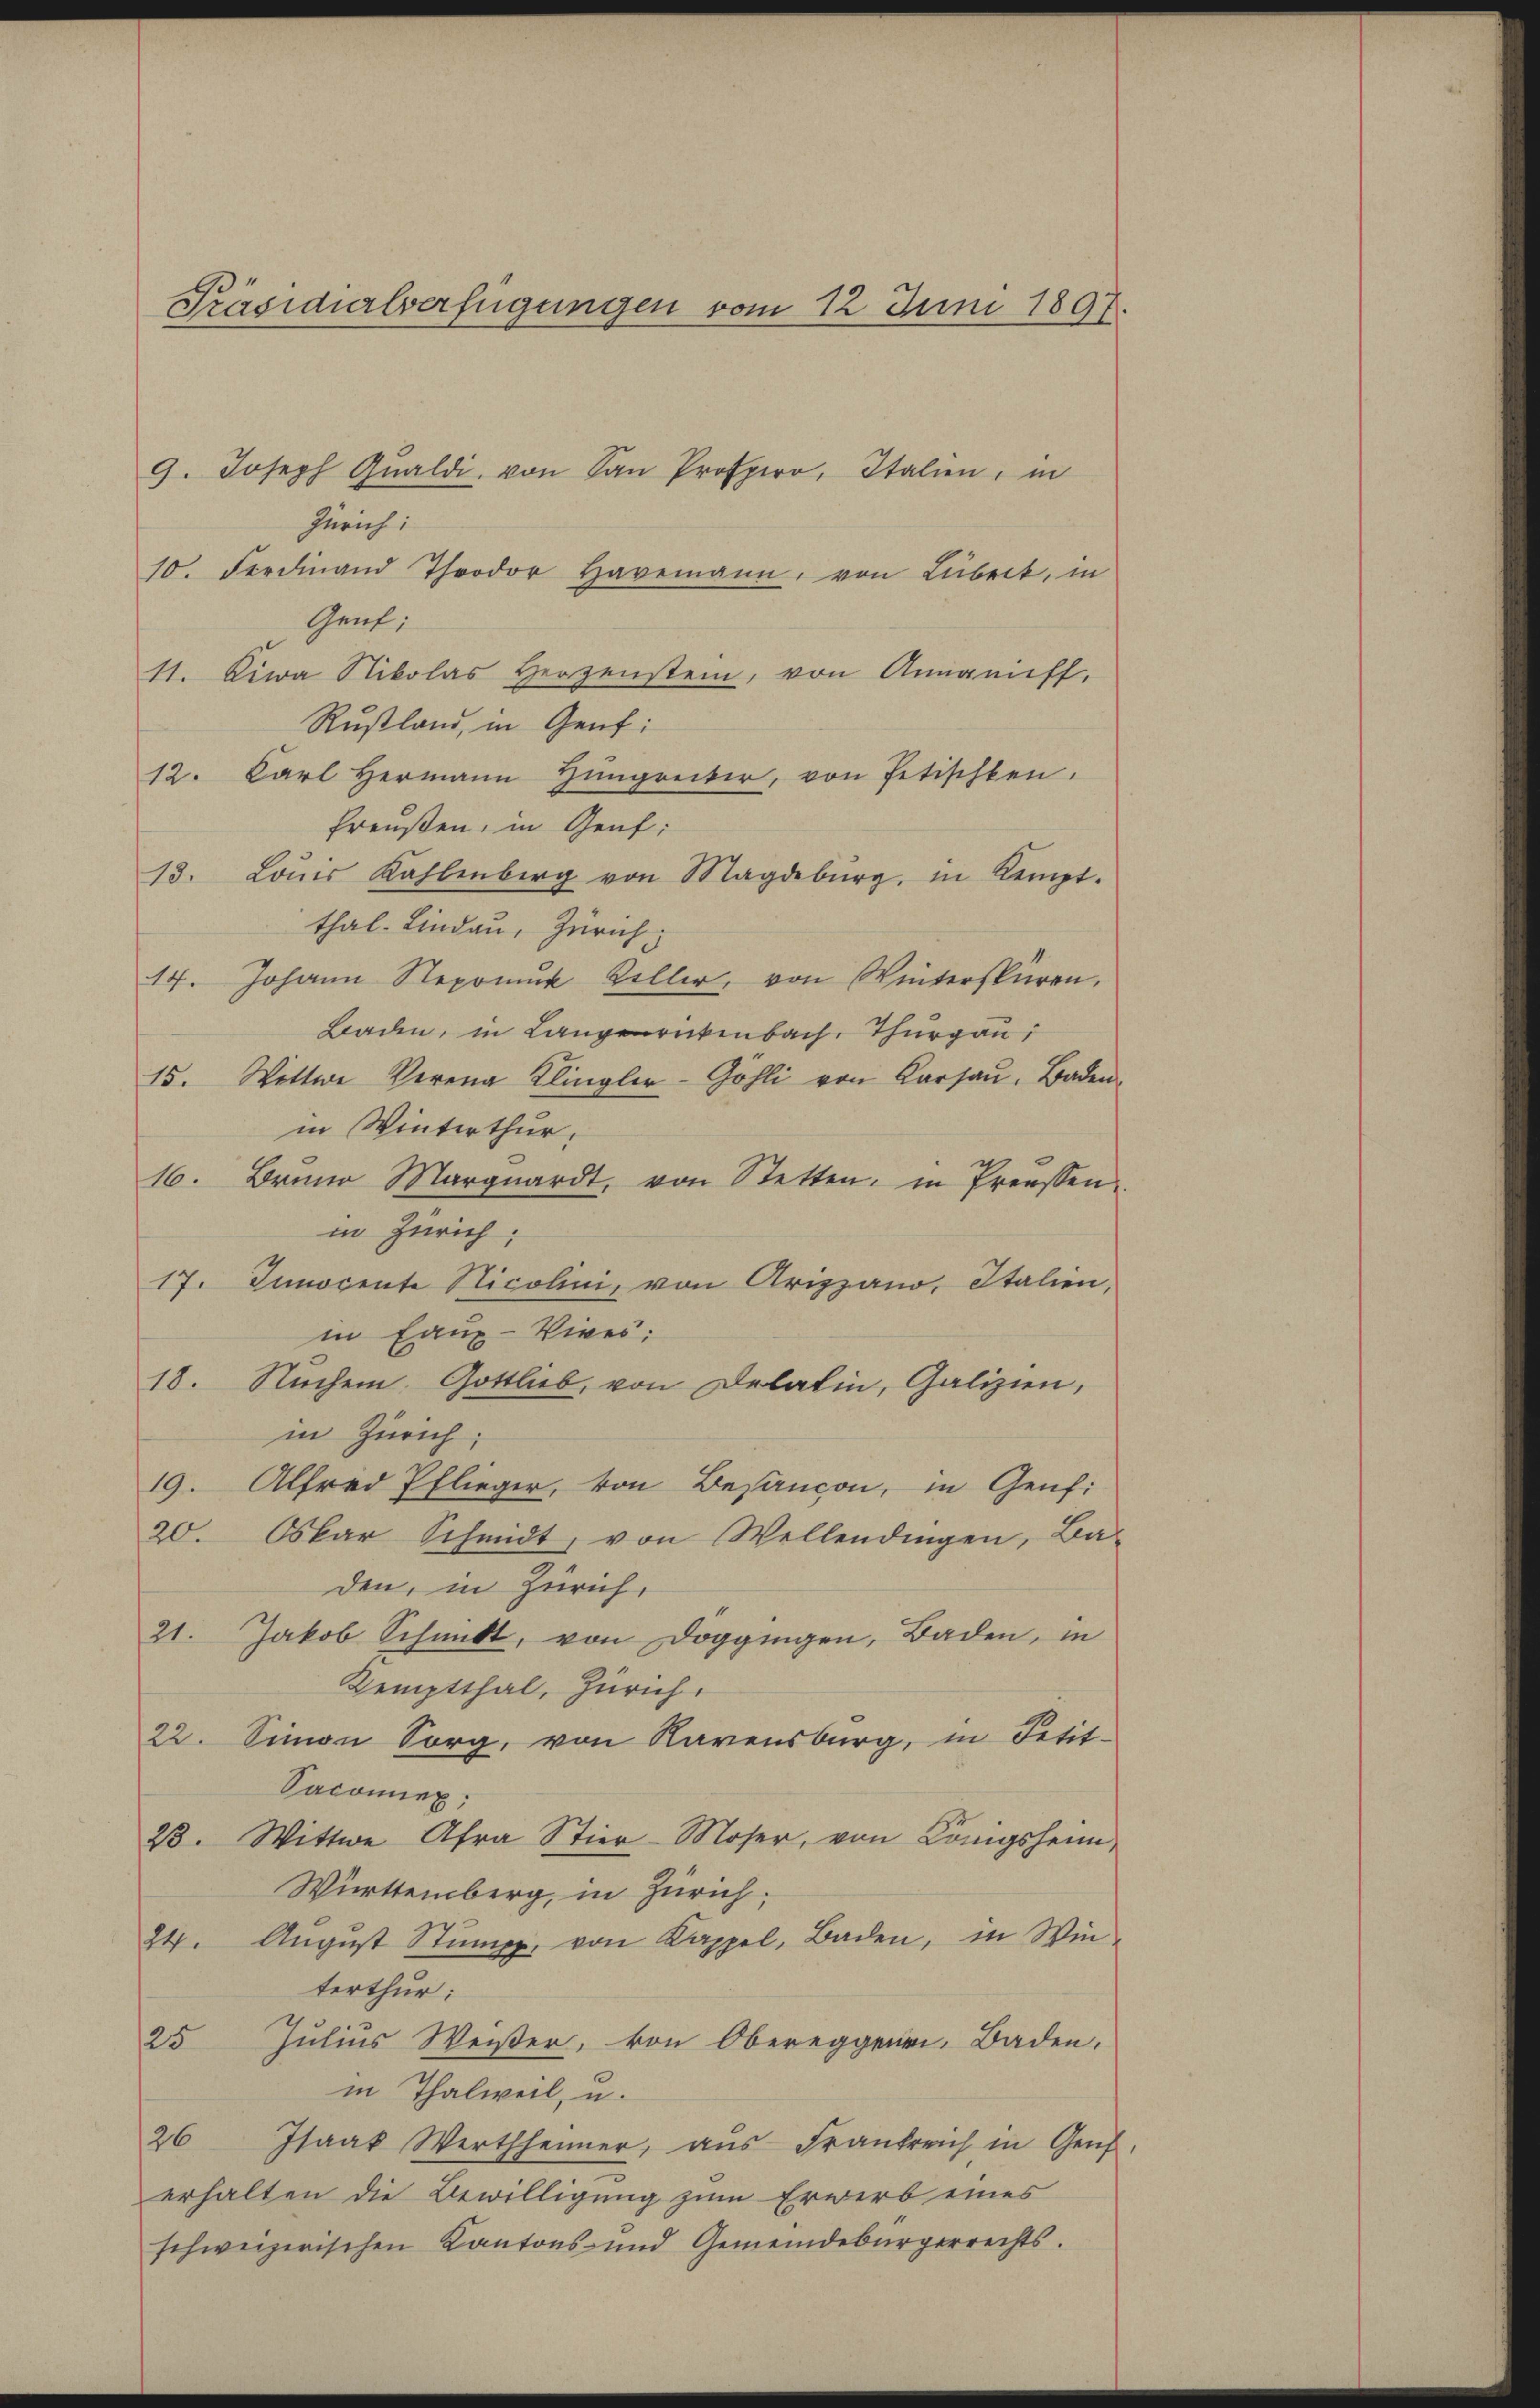
Präsidialverfügungen vom 12 Juni 1897.

9. Joseph Qŭaldi, von San Prospero, Italien, in
Zürich:
10. Ferdinand Theodor Havemann, von Lübeck, in
Gent:
11. Liwa Nikolas Herzenstein, von Angriff.
Rustland, in Genf:
12. Carl Hermann Hinganter, von Petischten.
Preußen, in Genf;
13. Loŭis Kahlenberg von Magdeburg, in Kempt.
thal-Lindau, Zürich
14. Johann Nepomuk Keller, von Winterspüren.
Baden, in Langereckenbach, Thurgau,
15. Wittwe Verena Klingler-Göhli von Karsau. Baden
in Winterthur,
16. Bruno Margnardt, von Stetten, in Preussen.
in Zürich;
17. Innocente Nicolini, von Arizzano, Italien,
in Laux-Vives:
18. Nachem. Gottlieb, von Delatin, Galizien,
in Zürich;
19. Alfred Pflieger, von Besandon, in Genf.
20. Oskar Schmidt, von Wellendingen, Ba-
den, in Zürich,
21. Jakob Schmitt, von Doggingen, Baden, in
Kemptthal, Zürich.
22. Simon Sorg, von Kavensburg, in Petit-
Sacomiex,
23. Wittwe Afra Stier-Moser, von Königsheim,
Württemberg, in Zürich;
24. Aŭgŭst Stumpf, von Kappel, Baden, in Win-
terthur:
25 Julius Weißer, von Obereggenen, Baden
in Thalweil, u.
26 Isaak Wertheimer, aŭs Frankreich in Genf.
erhalten die Bewilligung zum Erwerb eines
schweizerischen Kantons- und Gemeindebürgerrechts.